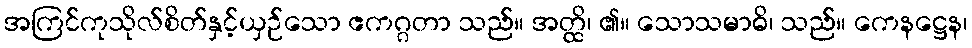
အကြင်ကုသိုလ်စိတ်နှင့်ယှဉ်သော ဧကဂ္ဂတာ သည်။ အတ္ထိ၊ ၏။ သောသမာဓိ၊ သည်။ ကေနဋ္ဌေန၊